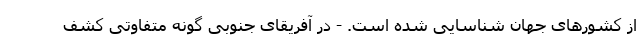
از کشورهای جهان شناسایی شده است. - در آفریقای جنوبی گونه متفاوتی کشف